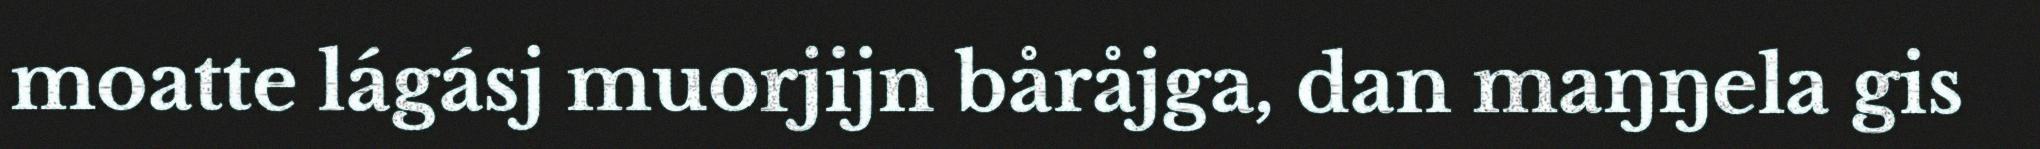
moatte lágásj muorjijn båråjga, dan maŋŋela gis